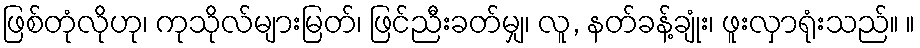
ဖြစ်တုံလိုဟု၊ ကုသိုလ်များမြတ်၊ ဖြင်ညီးခတ်မျှ၊ လူ, နတ်ခန့်ချုံး၊ ဖူးလှာရုံးသည်။ ။